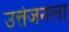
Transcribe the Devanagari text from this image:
उत्तेजनेला